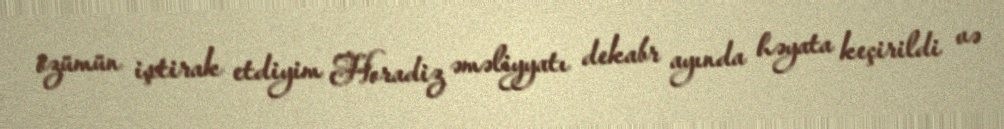
özümün iştirak etdiyim Horadiz əməliyyatı dekabr ayında həyata keçirildi və